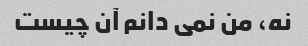
نه، من نمی دانم آن چیست